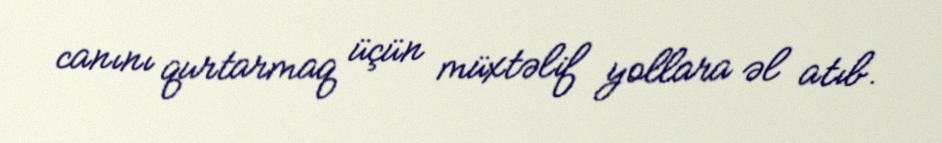
canını qurtarmaq üçün müxtəlif yollara əl atıb.